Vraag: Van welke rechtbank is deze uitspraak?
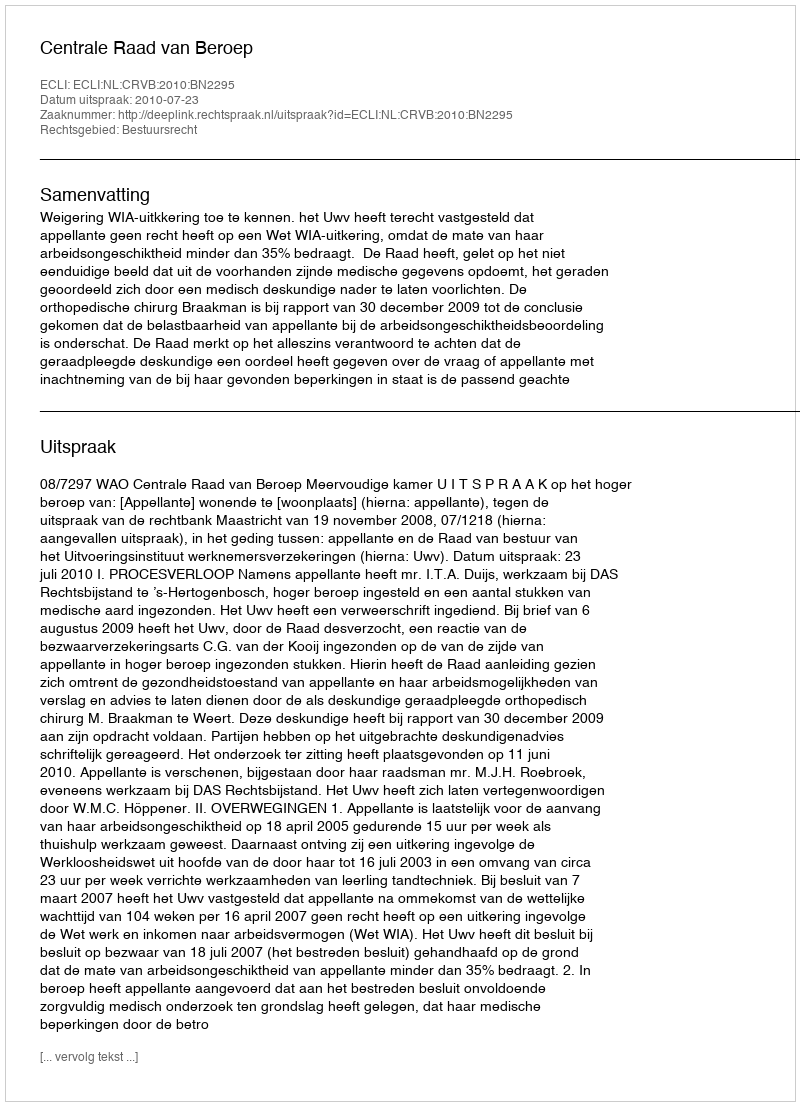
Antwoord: Centrale Raad van Beroep